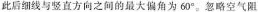
此后细线与竖直方向之间的最大偏角为 60°。忽略空气阻